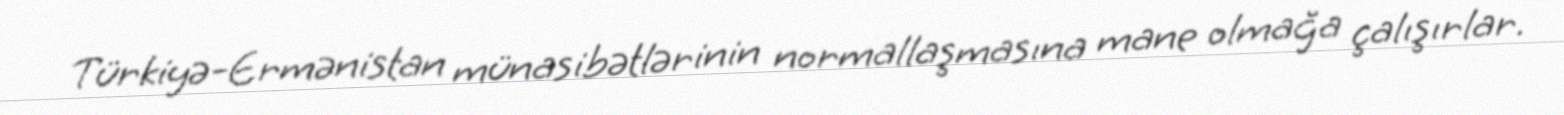
Türkiyə-Ermənistan münasibətlərinin normallaşmasına mane olmağa çalışırlar.